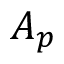
A _ { p }